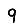
Digit: 9